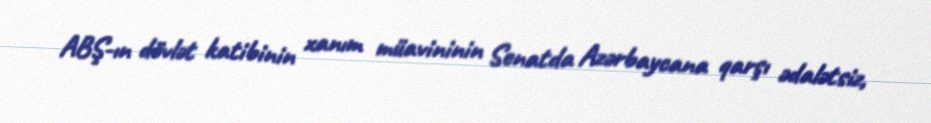
ABŞ-ın dövlət katibinin xanım müavininin Senatda Azərbaycana qarşı ədalətsiz,